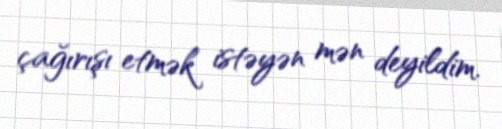
çağırışı etmək istəyən mən deyildim.